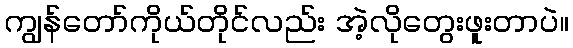
ကျွန်တော်ကိုယ်တိုင်လည်း အဲ့လိုတွေးဖူးတာပဲ။